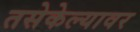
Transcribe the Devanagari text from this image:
तसेकेल्यावर